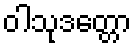
ဝါသုဒတ္တော